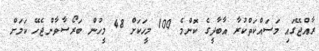
ރާއްޖޭގައި މަސައްކަތްކުރާ އާބާދީގެ ކޮޮންމެ 100 މީހަކަށް 48 މީހުން ބަރޯސާވާންޖެހޭ ކަމަށް